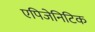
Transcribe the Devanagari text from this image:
एपिजेनिटिक